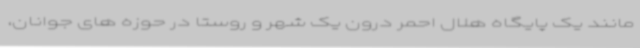
مانند یک پایگاه هلال احمر درون یک شهر و روستا در حوزه های جوانان،